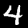
Digit: 4